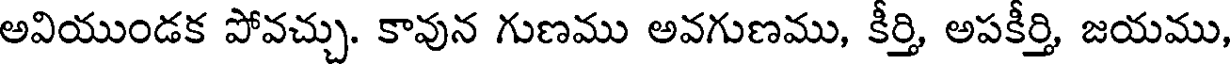
అవియుండక పోవచ్చు. కావున గుణము అవగుణము, కీర్తి, అపకీర్తి, జయము,